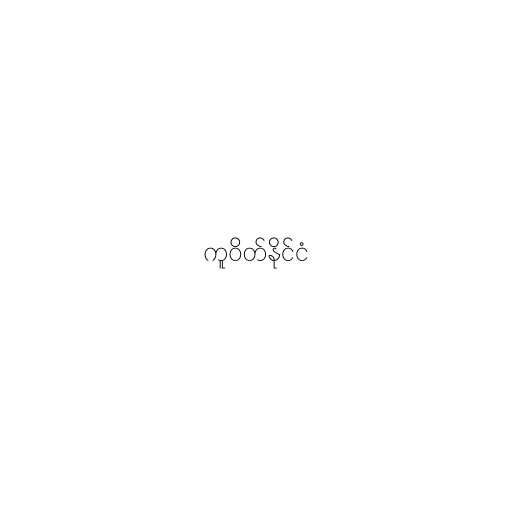
ကူဝိတ်နိုင်ငံ